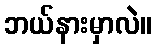
ဘယ်နားမှာလဲ။